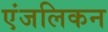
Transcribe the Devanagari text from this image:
एंजलिकन